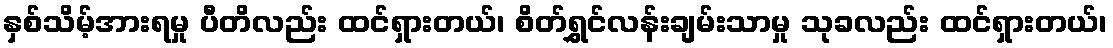
နှစ်သိမ့်အားရမှု ပီတိလည်း ထင်ရှားတယ်၊ စိတ်ရွှင်လန်းချမ်းသာမှု သုခလည်း ထင်ရှားတယ်၊